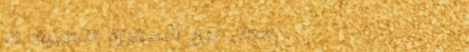
محل بيع الأجهزة الطبية: ك